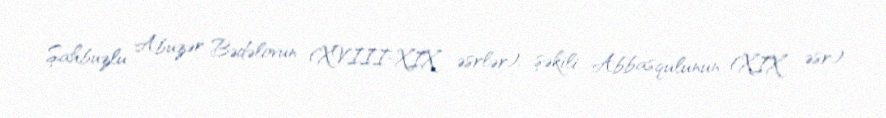
Şahbuzlu Abuzər Bədəlovun (XVIII-XIX əsrlər), şəkili Abbasqulunun (XIX əsr)